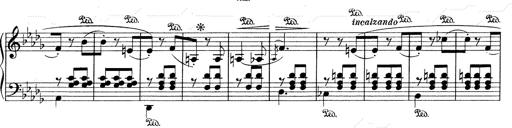
Title: Mephisto Waltz No.1
Composer: Franz Liszt